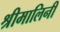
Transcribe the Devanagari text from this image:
श्रीमालिनी